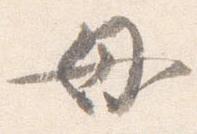
母